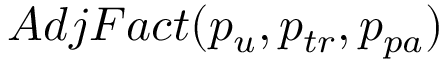
A d j F a c t ( p _ { u } , p _ { t r } , p _ { p a } )